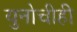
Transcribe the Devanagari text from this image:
युनोचीही